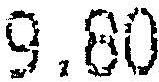
9.80